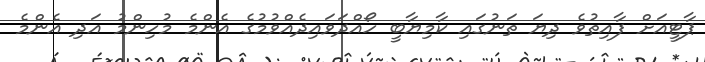
ޕާޓީއަށް ފާއިތުވެ ދިޔަ ތަނުގައި ކާމިޔާބީ ހޯއްދަވައިދެއްވުމުގެ އެންމެ މުހިންމު އަދި އެންމެ